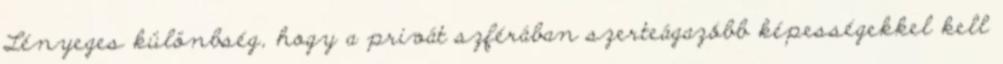
Lényeges különbség, hogy a privát szférában szerteágazóbb képességekkel kell